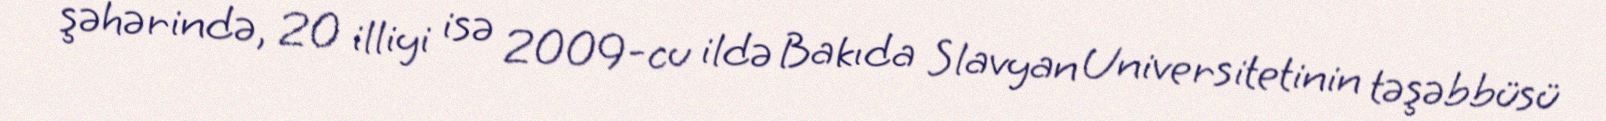
şəhərində, 20 illiyi isə 2009-cu ildə Bakıda Slavyan Universitetinin təşəbbüsü